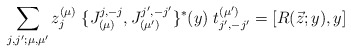
\begin{align*}\sum_{j,j';\mu ,\mu '}z_j^{(\mu )} \;\{J^{j,-j}_{(\mu )},J^{j',-j'}_{(\mu ')}\}^*(y)\; t_{j',-j'}^{(\mu ')}=[R(\vec{z};y),y] \end{align*}